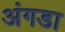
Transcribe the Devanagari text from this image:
अंगडा